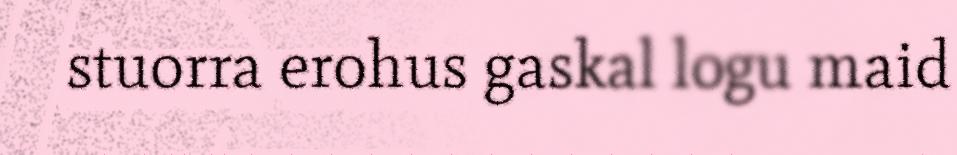
stuorra erohus gaskal logu maid